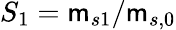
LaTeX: S_{1}=\mathsf{m}_{s1}/\mathsf{m}_{s,0}